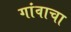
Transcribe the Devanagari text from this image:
गांवाचा